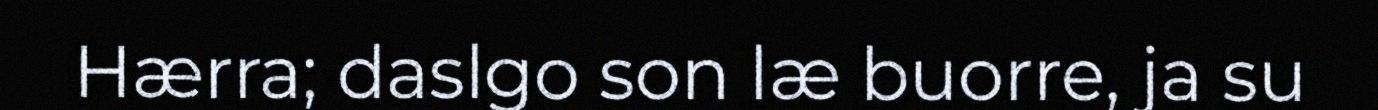
Hærra; daslgo son læ buorre, ja su